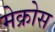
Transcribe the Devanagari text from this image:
मेक्रोस